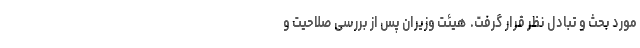
مورد بحث و تبادل نظر قرار گرفت. ‌ هیئت وزیران پس از بررسی صلاحیت و